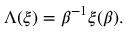
\Lambda ( \xi ) = \beta ^ { - 1 } \xi ( \beta ) .